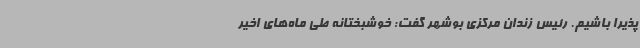
پذیرا باشیم. رئیس زندان مرکزی بوشهر گفت: خوشبختانه طی ماه‌های اخیر